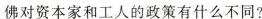
佛对资本家和工人的政策有什么不同?